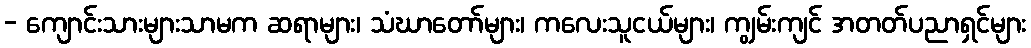
- ကျောင်းသားများသာမက ဆရာများ၊ သံဃာတော်များ၊ ကလေးသူငယ်များ၊ ကျွမ်းကျင် အတတ်ပညာရှင်များ